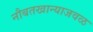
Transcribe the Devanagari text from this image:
नौबतखान्याजवळ